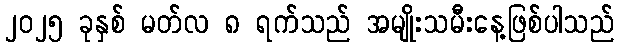
၂၀၂၅ ခုနှစ် မတ်လ ၈ ရက်သည် အမျိုးသမီးနေ့ဖြစ်ပါသည်